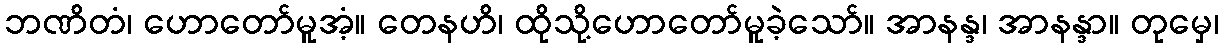
ဘဏိတံ၊ ဟောတော်မူအံ့။ တေနဟိ၊ ထိုသို့ဟောတော်မူခဲ့သော်။ အာနန္ဒ၊ အာနန္ဒာ။ တုမှေ၊